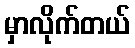
မှာလိုက်တယ်